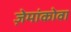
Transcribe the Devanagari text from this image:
ज़ेमांकोवा